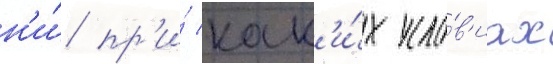
н'и́ пр'и́ как'и́х усло́в'иах